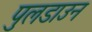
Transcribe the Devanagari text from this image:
पुलडाउन